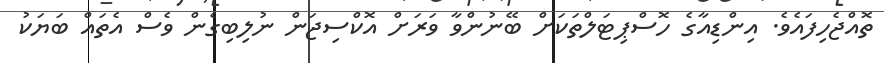
ތޮއްޖެހިފައެވެ. އިންޑިއާގެ ހޮސްޕިޓަލްތަކަށް ބޭނުންވާ ވަރަށް އޮކްސިޖަން ނުލިބިގެން ވެސް އެތައް ބަޔަކު